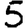
Digit: 5